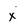
Character: x